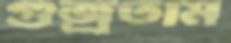
গুজ্‌রতাম